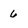
Character: 6